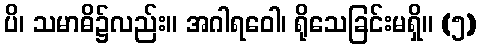
ပိ၊ သမာဓိ၌လည်း။ အဂါရဝေါ၊ ရိုသေခြင်းမရှိ။ (၅)